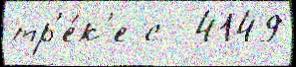
тр'е́к'е с  4149